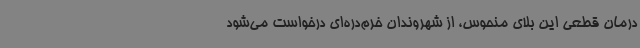
درمان قطعی این بلای منحوس، از شهروندان خرم‌دره‌ای درخواست می‌شود